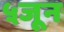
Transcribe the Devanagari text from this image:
५जून